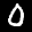
Label: 0